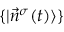
\{ | \vec { n } ^ { \sigma } ( t ) \rangle \}